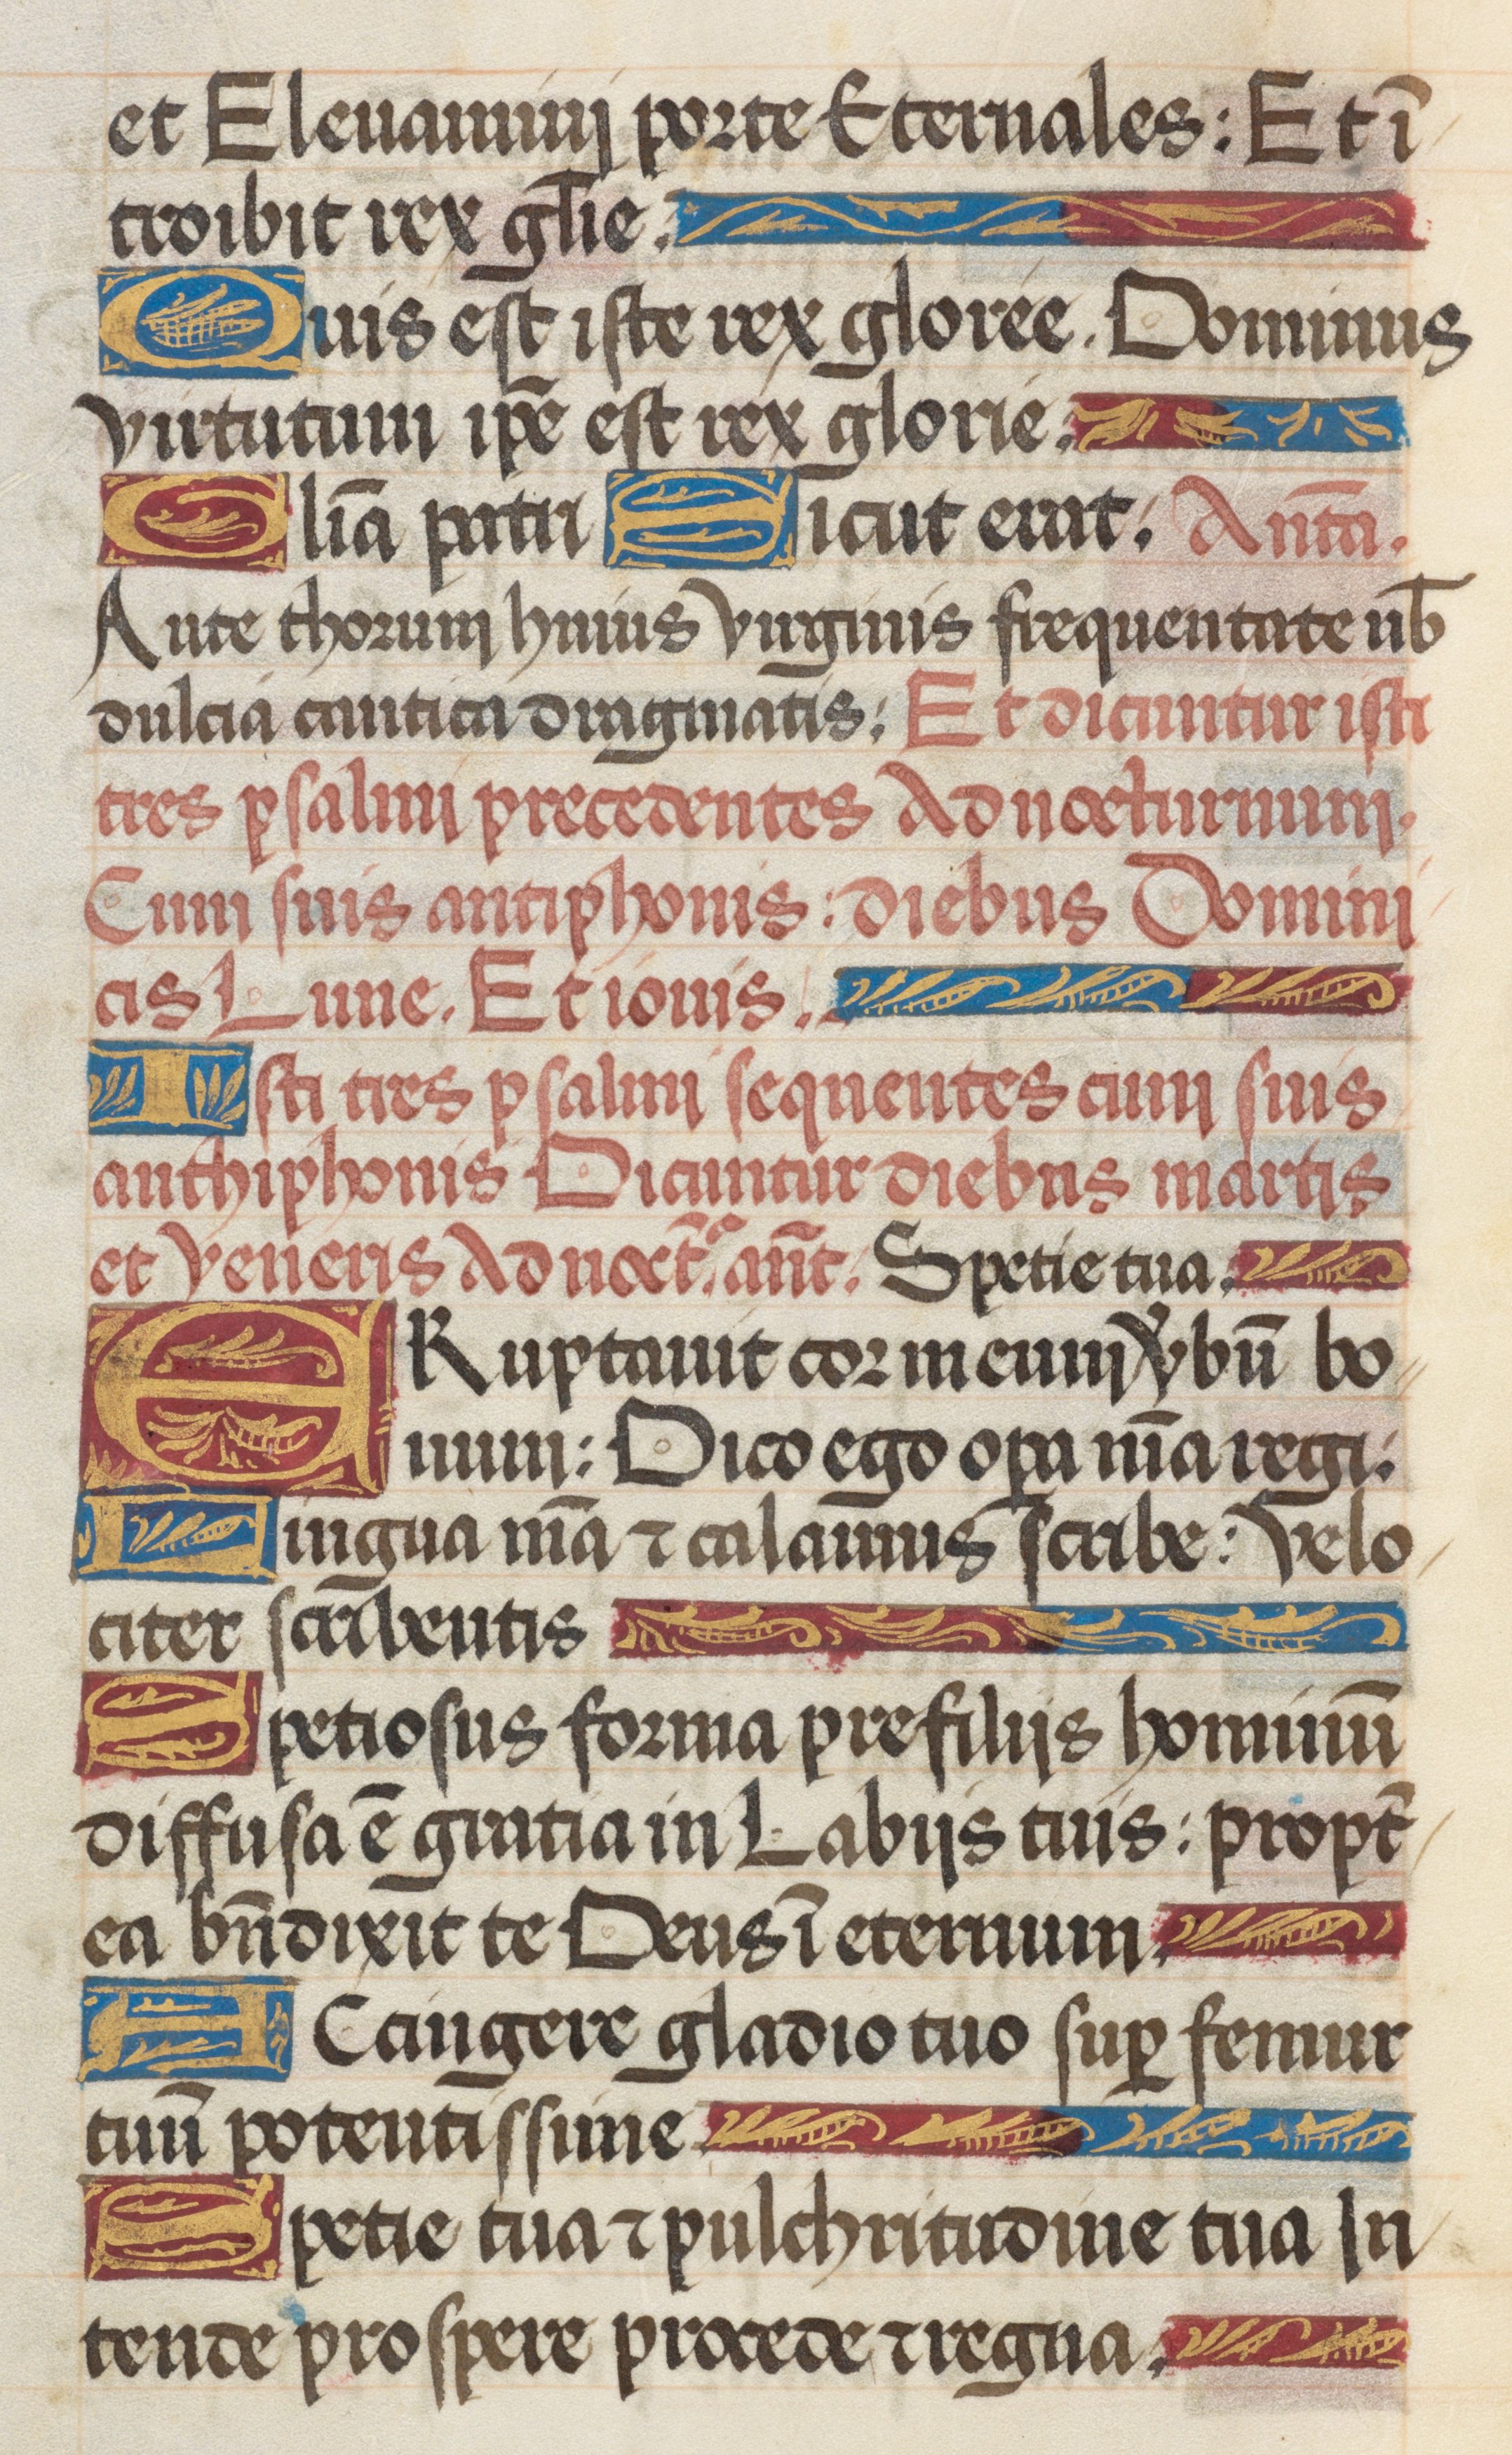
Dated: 1485–1515